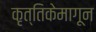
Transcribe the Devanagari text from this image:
कृत्तिकेमागून